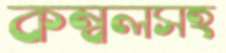
কম্বলসহ